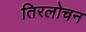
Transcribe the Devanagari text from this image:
तिरलोचन